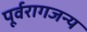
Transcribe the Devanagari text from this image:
पूर्वरागजन्य